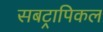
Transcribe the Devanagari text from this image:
सबट्रापिकल